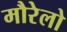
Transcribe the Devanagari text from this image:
मौरेलो